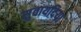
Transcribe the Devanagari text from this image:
सुवायदिया